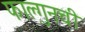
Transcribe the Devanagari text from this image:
फाल्गुनची